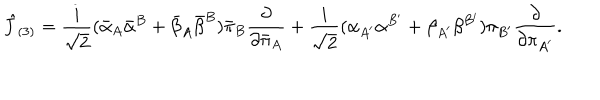
{ \hat { J } } _ { ( 3 ) } = { \frac { i } { \sqrt { 2 } } } ( { \bar { \alpha } } _ { A } { \bar { \alpha } } ^ { B } + { \bar { \beta } } _ { A } { \bar { \beta } } ^ { B } ) { \bar { \pi } } _ { B } { \frac { \partial } { \partial { \bar { \pi } } _ { A } } } + { \frac { i } { \sqrt { 2 } } } ( \alpha _ { A ^ { \prime } } \alpha ^ { B ^ { \prime } } + \beta _ { A ^ { \prime } } \beta ^ { B ^ { \prime } } ) \pi _ { B ^ { \prime } } { \frac { \partial } { \partial \pi _ { A ^ { \prime } } } } .